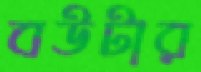
বউটার